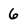
Character: 6